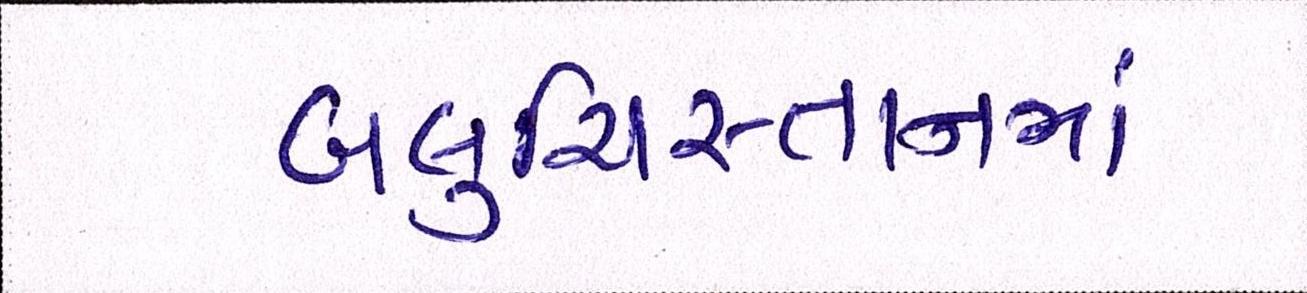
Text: બલુચિસ્તાનમાં